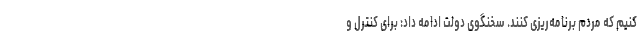
کنیم که مردم برنامه‌ریزی کنند. سخنگوی دولت ادامه داد: برای کنترل و